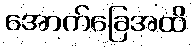
အောက်ခြေအထိ